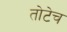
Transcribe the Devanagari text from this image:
तोटेच